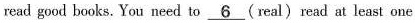
read good books. You need to \underline{6} (real) read at least one